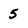
Character: 5